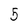
Character: 5